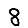
Digit: 8